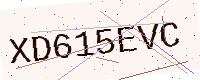
Text: XD615EVC